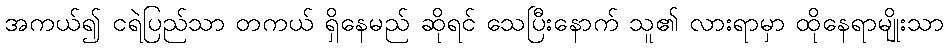
အကယ်၍ ငရဲပြည်သာ တကယ် ရှိနေမည် ဆိုရင် သေပြီးနောက် သူ၏ လားရာမှာ ထိုနေရာမျိုးသာ